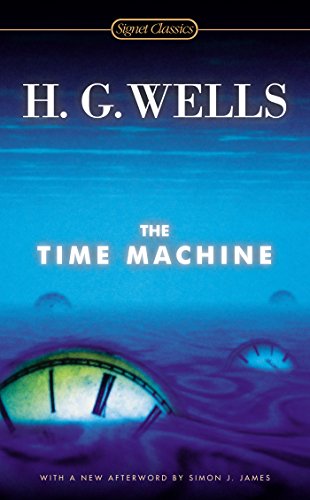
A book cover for The Time Machine (Signet Classics); H.G. Wells; Science Fiction & Fantasy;